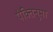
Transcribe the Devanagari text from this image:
पंक्तिनुमा